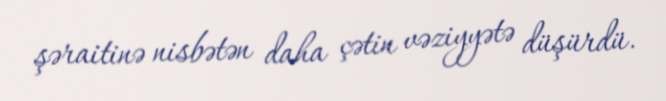
şəraitinə nisbətən daha çətin vəziyyətə düşürdü.